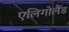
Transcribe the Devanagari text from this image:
एलिगोलैंड